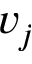
v _ { j }